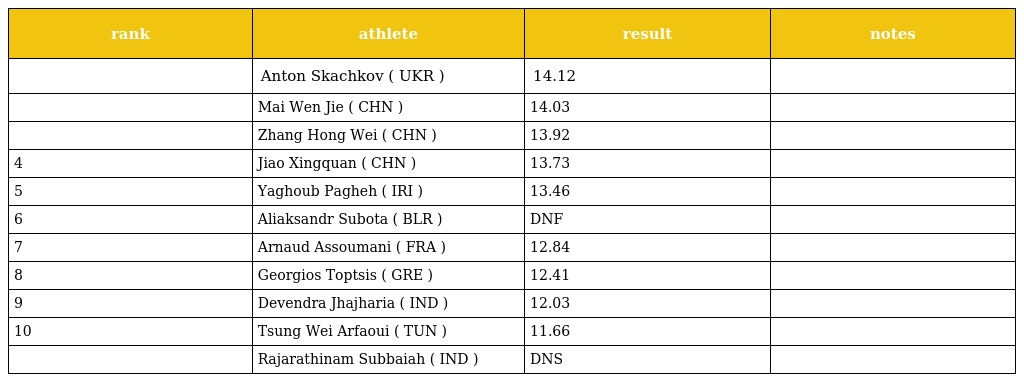
| rank | athlete | result | notes |
 | --- | --- | --- | --- |
 |  | Anton Skachkov ( UKR ) | 14.12 |  |
 |  | Mai Wen Jie ( CHN ) | 14.03 |  |
 |  | Zhang Hong Wei ( CHN ) | 13.92 |  |
 | 4 | Jiao Xingquan ( CHN ) | 13.73 |  |
 | 5 | Yaghoub Pagheh ( IRI ) | 13.46 |  |
 | 6 | Aliaksandr Subota ( BLR ) | DNF |  |
 | 7 | Arnaud Assoumani ( FRA ) | 12.84 |  |
 | 8 | Georgios Toptsis ( GRE ) | 12.41 |  |
 | 9 | Devendra Jhajharia ( IND ) | 12.03 |  |
 | 10 | Tsung Wei Arfaoui ( TUN ) | 11.66 |  |
 |  | Rajarathinam Subbaiah ( IND ) | DNS |  |